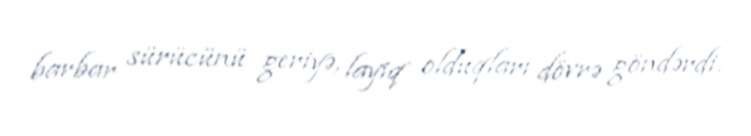
barbar sürücünü geriyə, layiq olduqları dövrə göndərdi.